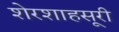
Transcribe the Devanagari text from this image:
शेरशाहसूरी